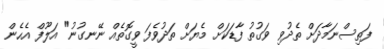
ފަތިސްނަމާދަށް ތެދުވި ވަގުތު ފާޑަކަށް މެޔަށް ތަދުވެފަ ވީގޮތެއް ނޭނގުނު" އަލޫފް އެހެން